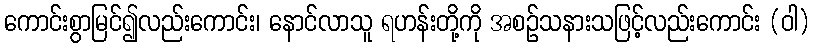
ကောင်းစွာမြင်၍လည်းကောင်း၊ နောင်လာသူ ရဟန်းတို့ကို အစဉ်သနားသဖြင့်လည်းကောင်း (ဝါ)